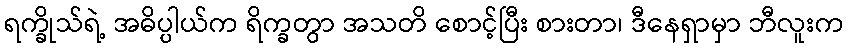
ရက္ခိုသ်ရဲ့ အဓိပ္ပါယ်က ရိက္ခတွာ အသတိ စောင့်ပြီး စားတာ၊ ဒီနေရှာမှာ ဘီလူးက